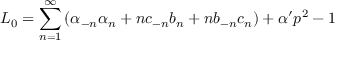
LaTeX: L _ { 0 } = \sum _ { n = 1 } ^ { \infty } \left( \alpha _ { - n } \alpha _ { n } + n c _ { - n } b _ { n } + n b _ { - n } c _ { n } \right) + \alpha ^ { \prime } p ^ { 2 } - 1